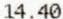
14.40